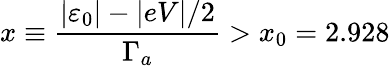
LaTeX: x\equiv\frac{\left\vert\varepsilon_{0}\right\vert-\vert eV\vert/2}{\Gamma_{a}}>x_{0}=2.928